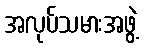
အလုပ်သမားအဖွဲ့